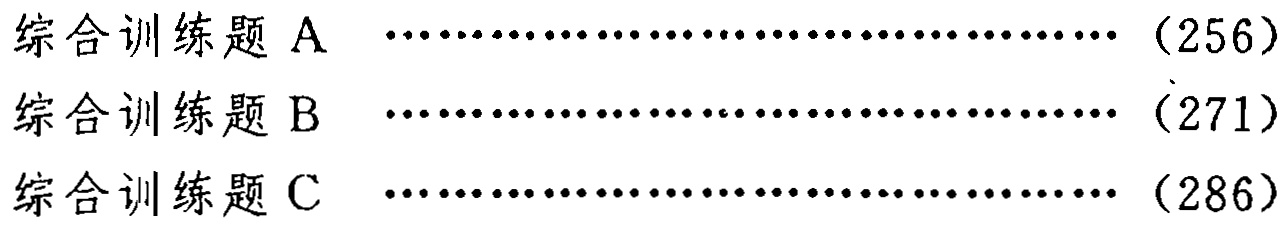
综合训练题 A \dotfill (256)\\

综合训练题 B \dotfill (271)\\

综合训练题 C \dotfill (286)